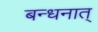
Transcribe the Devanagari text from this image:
बन्धनात्